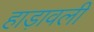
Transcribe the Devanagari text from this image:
हाड़ावली